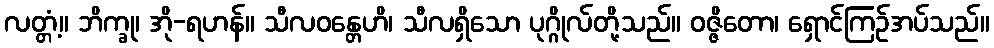
လတ္တံ့။ ဘိက္ခု၊ အို-ရဟန်။ သီလဝန္တေဟိ၊ သီလရှိသော ပုဂ္ဂိုလ်တို့သည်။ ဝဇ္ဇိတော၊ ရှောင်ကြဉ်အပ်သည်။